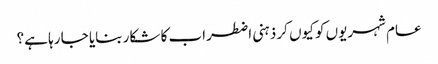
عام شہریوں کو کیوں کر ذہنی اضطراب کا شکار بنایا جا رہا ہے؟